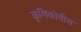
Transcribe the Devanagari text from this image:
कृमिकोषीय